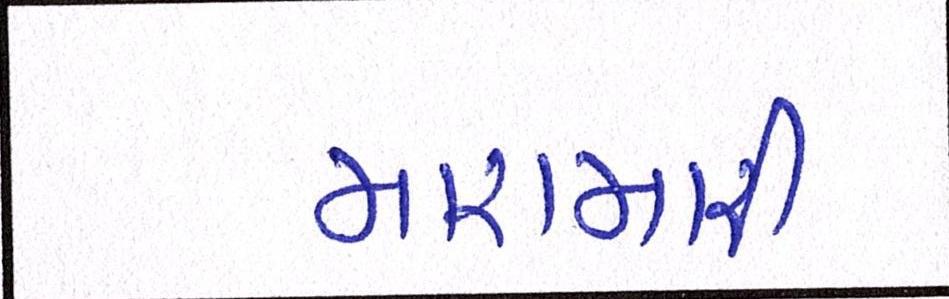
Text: મારામારી